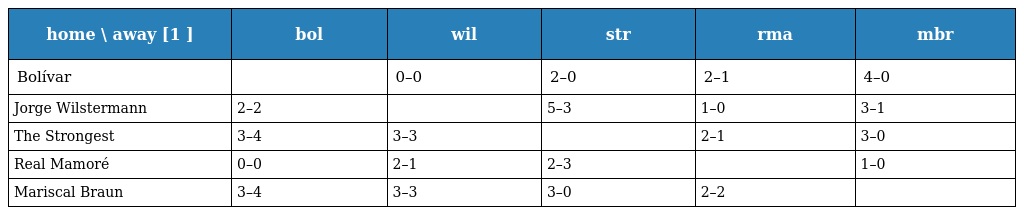
| home \ away [1 ] | bol | wil | str | rma | mbr |
 | --- | --- | --- | --- | --- | --- |
 | Bolívar |  | 0–0 | 2–0 | 2–1 | 4–0 |
 | Jorge Wilstermann | 2–2 |  | 5–3 | 1–0 | 3–1 |
 | The Strongest | 3–4 | 3–3 |  | 2–1 | 3–0 |
 | Real Mamoré | 0–0 | 2–1 | 2–3 |  | 1–0 |
 | Mariscal Braun | 3–4 | 3–3 | 3–0 | 2–2 |  |